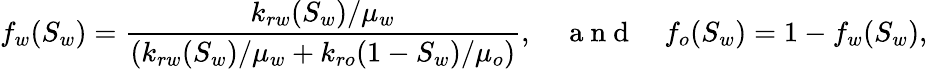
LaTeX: f_{w}(S_{w})=\frac{k_{rw}(S_{w})/\mu_{w}}{(k_{rw}(S_{w})/\mu_{w}+k_{ro}(1-S_{w})/\mu_{o})},\quad\mathrm{~a~n~d~}\quad f_{o}(S_{w})=1-f_{w}(S_{w}),